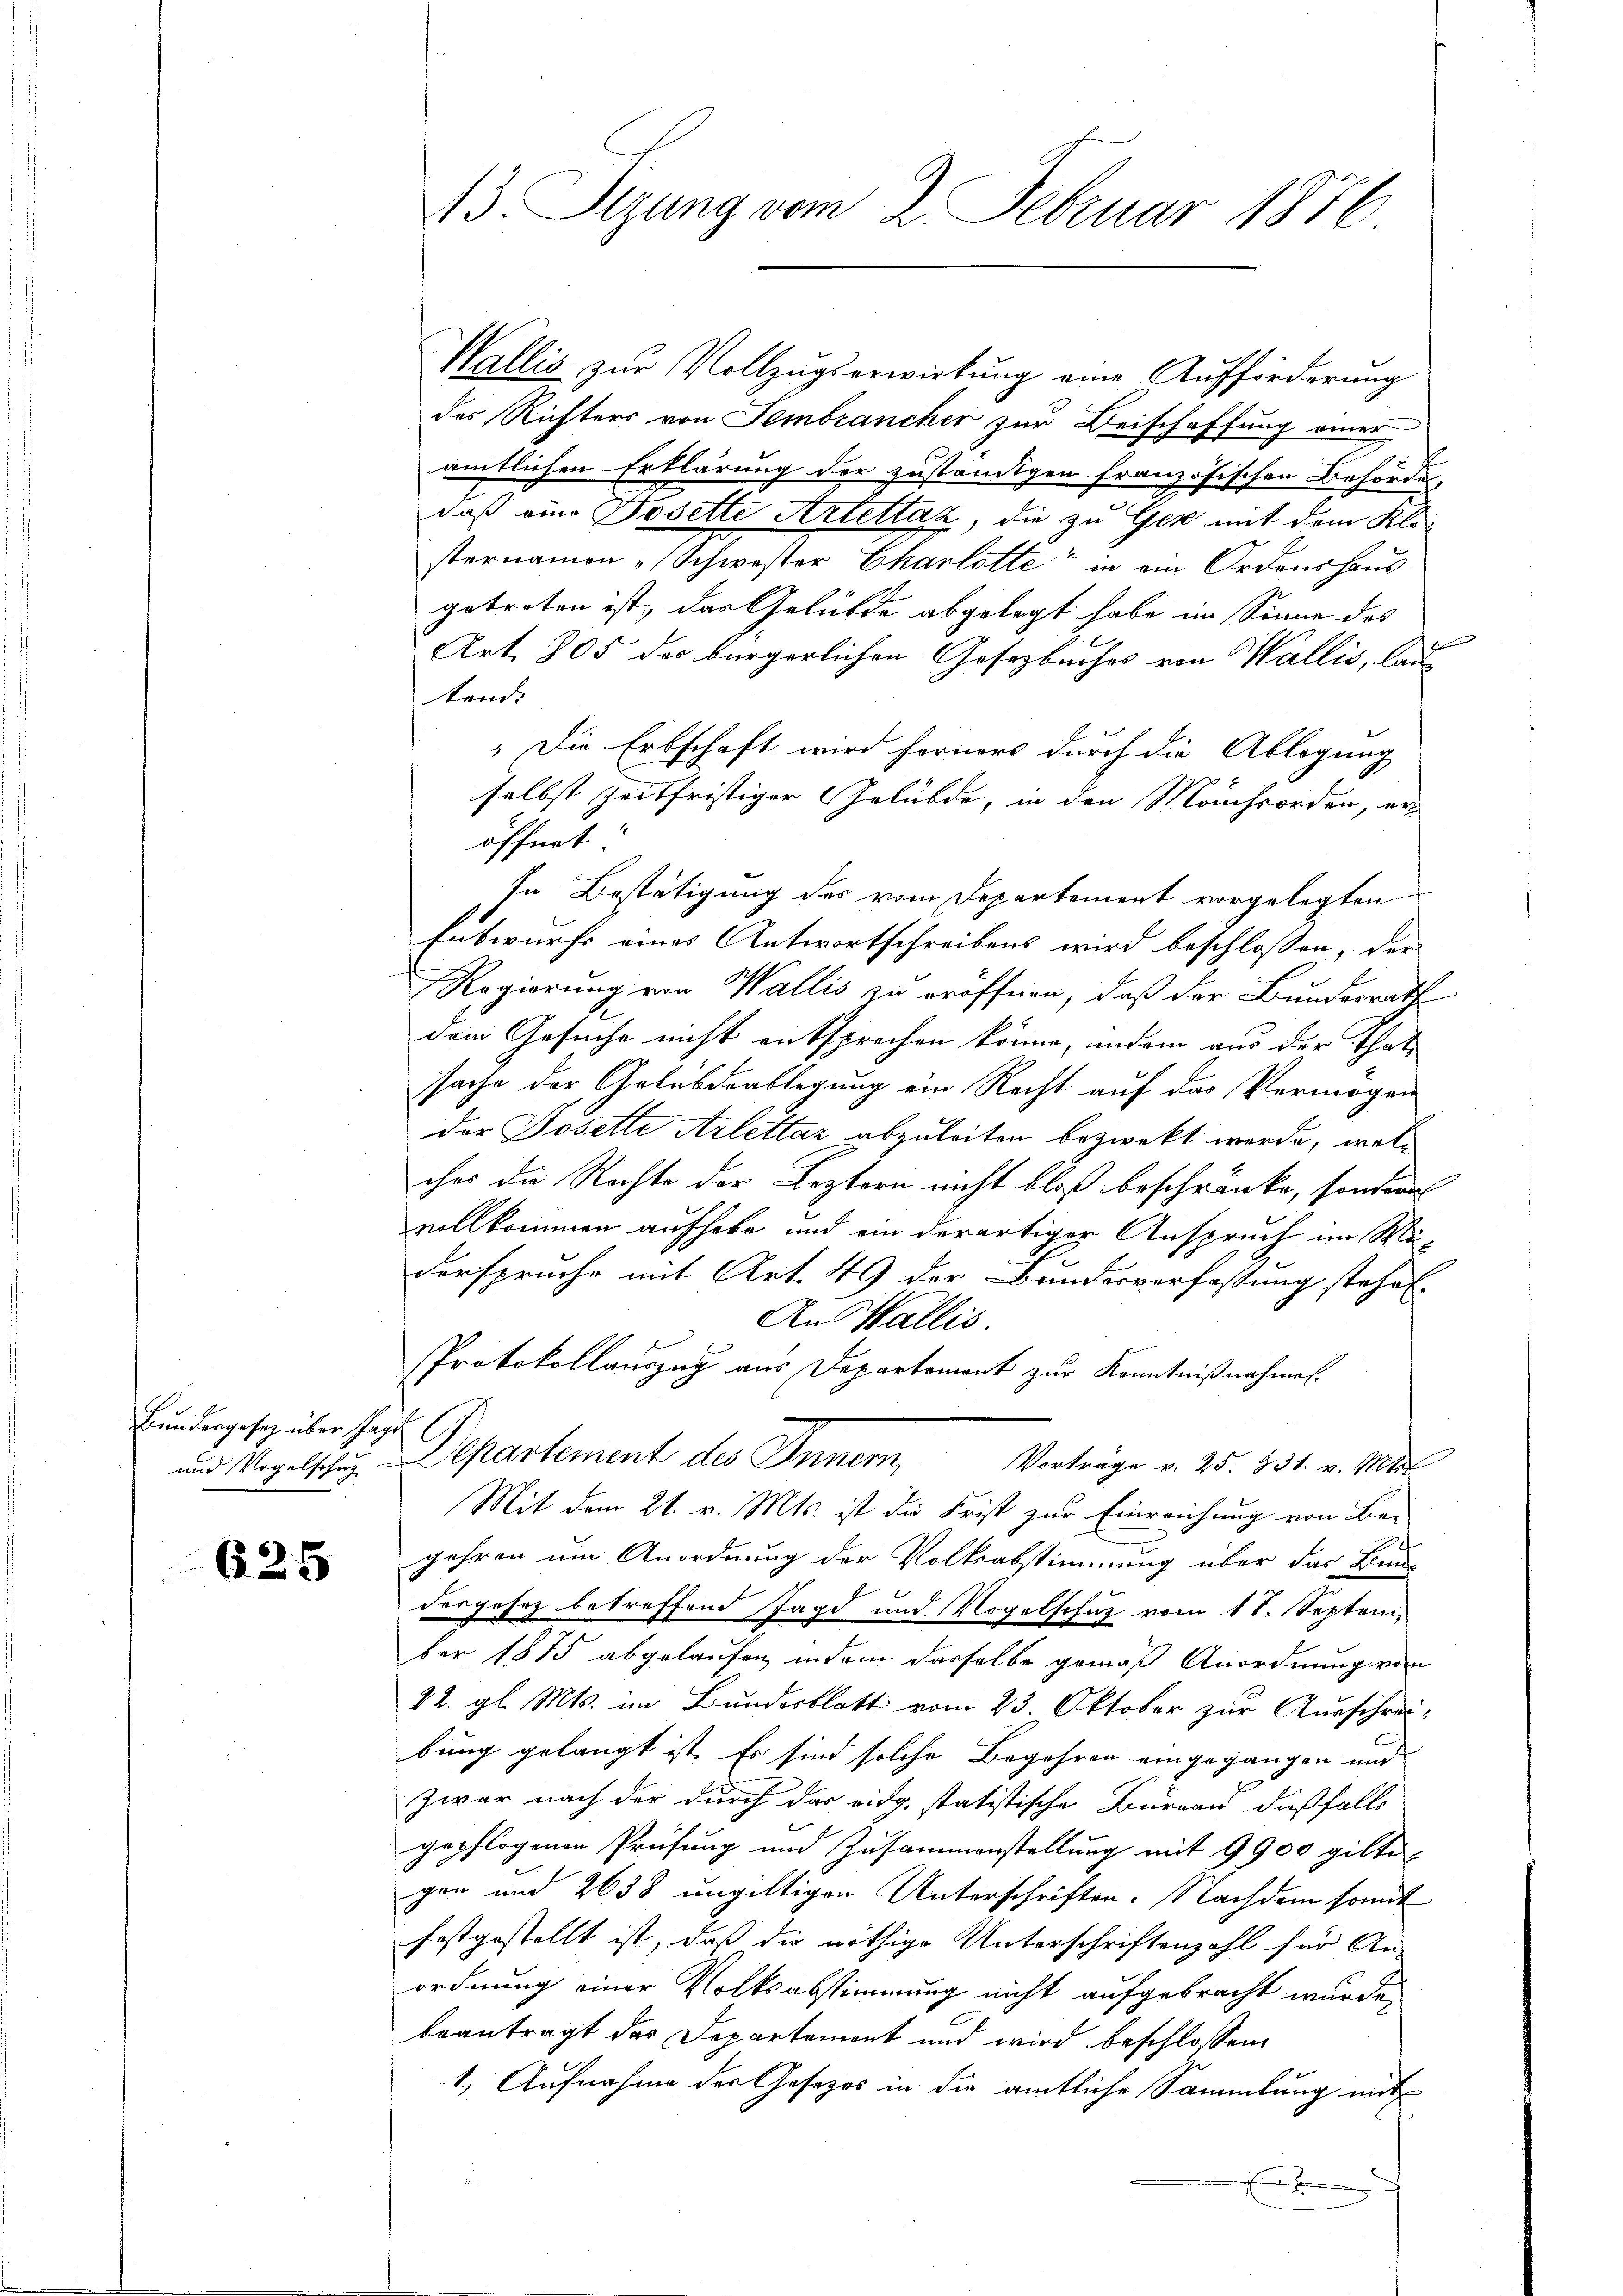
Bundergesetz über Jage
und Vogelschuz

625

A3. Sizung vom 2. Februar 1876.

Wallis zur Vollzugserwirkung eine Aufforderung
des Richters von Sembrancher zur Beischaffung einer
amtlichen Erklärung der zuständigen französischen Behörde,
daß eine Tosette Arlettaz, die zu Gek mit dem Klästernamen „Schwester Charlotte in ein Ordenshaus
getreten ist, das Gelübde abgelegt habe im Sinne des

Art. 305 das bürgerlichen Gesetzbuches von Wallis, Lau-
tend:
" Die Erbschaft wird ferners durch die Ablegung
selbst zeitfristiger Gelübde, in den Manchorden, er
öffnet
In Bestätigung des vom Departement vorgelegten
Entwurfs eines Antwortschreibens wird beschlossen, der
Regierung von Wallis zu eröffnen, daß der Bundesrath
dem Gesuche nicht entsprechen könne, indem aus der That
sache der Gelübdeablegung ein Recht auf das Vermögen
der Josette Arlettaz abzuleiten bezweckt werde, welches die Rechte der Leztern nicht bloß beschränke, sondern
vollkommen aufhabe und ein derartiger Anspruch im Mä-
dersprüche mit Art. 49 der Bandesverfassung stehet
An Wallis.
Protokollauszug aus Departement zur Kenntnißnahmen.
e
Departement des Inner, Vertrage v. 25. 131. v. Mts.
Mit dem 21. v. Mts. ist die Frist zur Einreichung von Be-
jahren um Anordnung der Volksabstimmung über das Bundergesez betreffend Jagd und Vogelschutz vom 11. September 1875 abgelaufen, indem derselbe gemäß Anordnung von
22. gl. Mts. im Bundesblatt vom 23. Oktober zur Ausschreibung gelangt ist. Es sind solche Begehren eingegangen und
zwar nach der durch das eidg. statistische Bureau dießfalls
gepflogenen Prüfung und Zusammenstellung mit 9900 giltigen und 2638 ungültigen Unterschriften. Nachdem somit
festgestellt ist, daß die nöthige Unterschriftenzahl für An-
ordnung einer Volksabstimmung nicht aufgebracht wurde.
beantragt das Departemont und wird beschlossene
1. Aufnahme der Gesetzes in die amtliche Sammlung mit
f